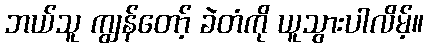
ဘယ်သူ ကျွန်တော့် ခဲတံကို ယူသွားပါလိမ့်။